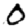
Digit: 0